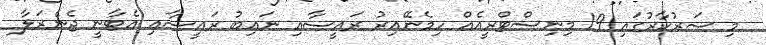
މި ސަރުކާރުގައި 19 މިނިސްޓްރީއެއް ހިމެނޭއިރު ރައީސާއި ނައިބު ރައީސާއި އެޓާނީ ޖެނެރަލާ